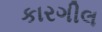
કારગીલ